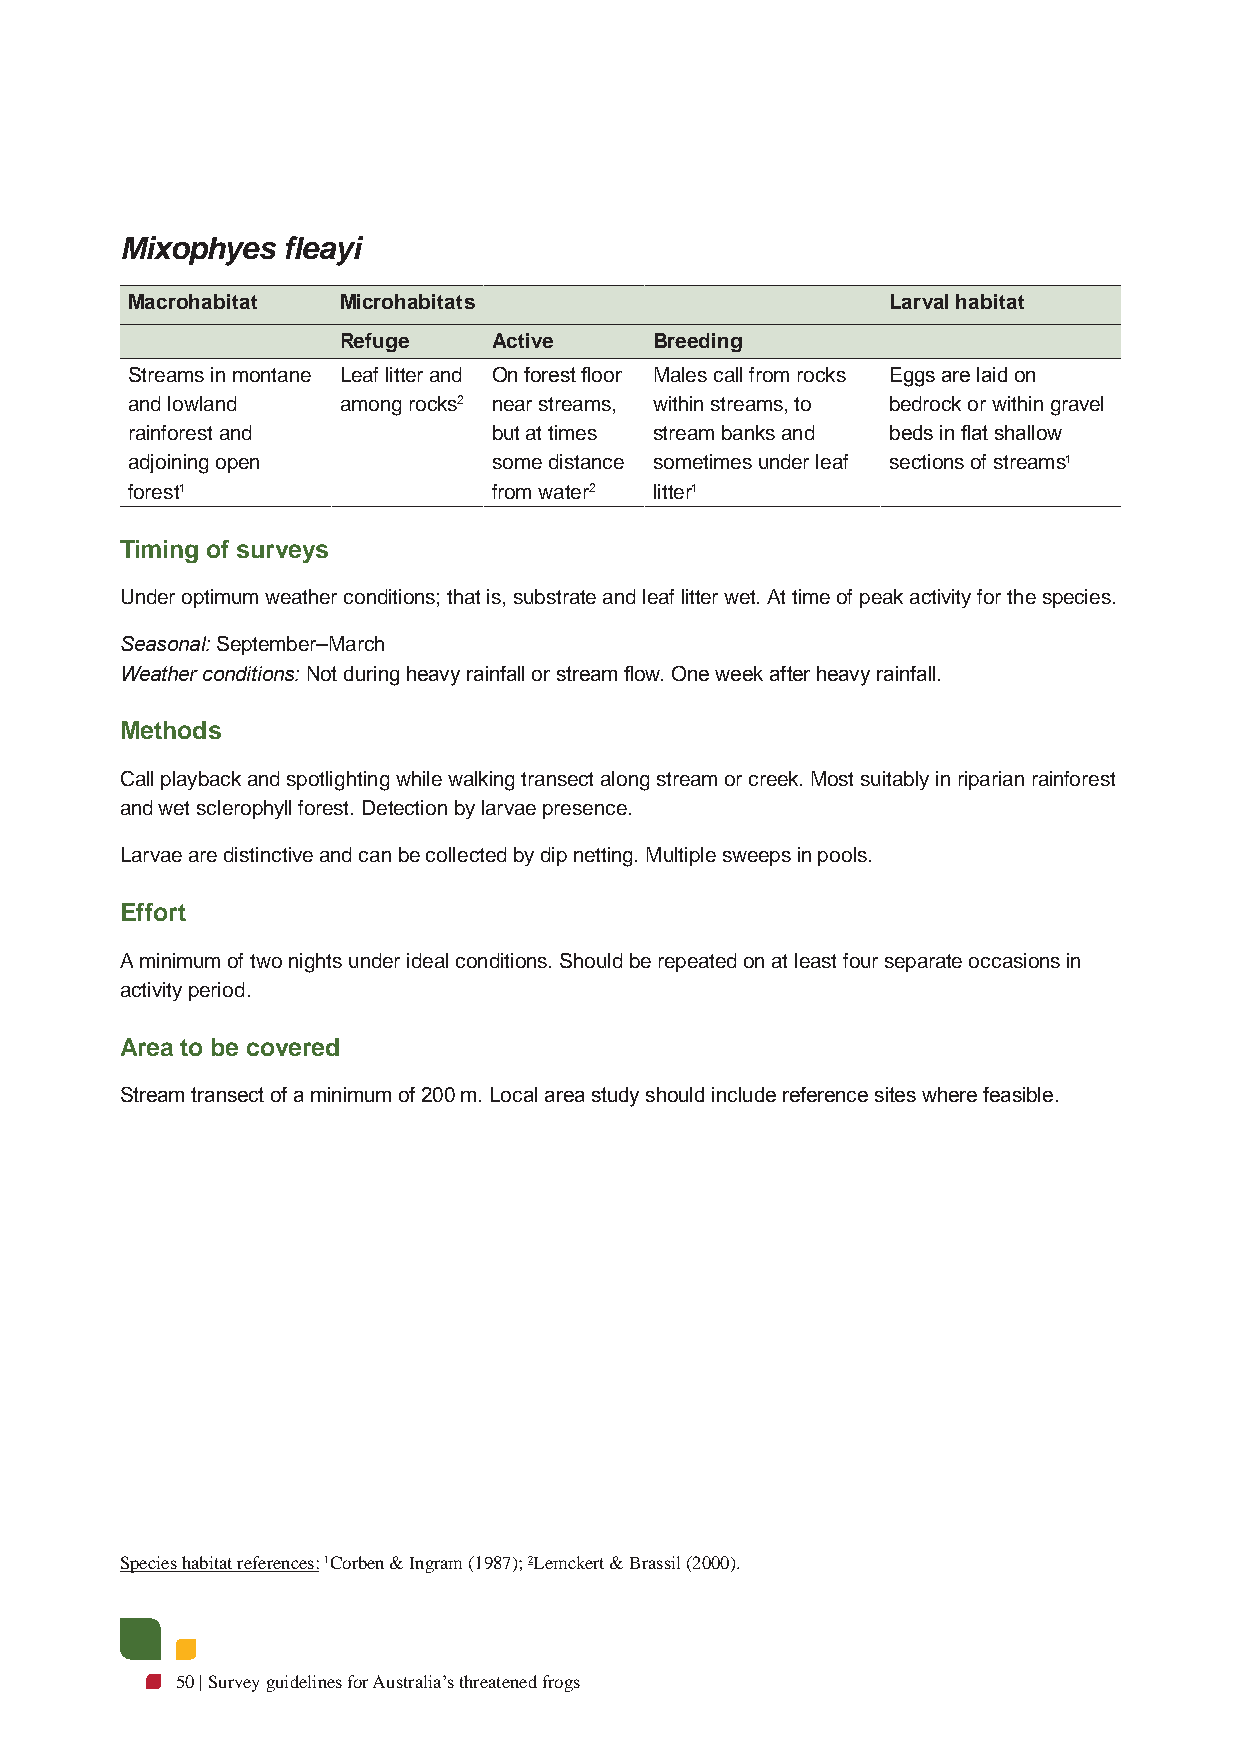
Mixophyes  fleayi
 Macrohabitat  Microhabitats                        Larval habitat
 Refuge     Active    Breeding
 Streams in montane Leaf litter and On forest floor Males call from rocks Eggs are laid on
 and lowland   among rocks2 near streams, within streams, to bedrock or within gravel
 rainforest and           but at times stream banks and beds in flat shallow
 adjoining open           some distance sometimes under leaf sections of streams1
 forest1                  from water2 litter1
 Timing of surveys
 Under optimum weather conditions; that is, substrate and leaf litter wet. At time of peak activity for the species.
 Seasonal: September–March
 Weather conditions: Not during heavy rainfall or stream flow. One week after heavy rainfall.
 Methods
 Call playback and spotlighting while walking transect along stream or creek. Most suitably in riparian rainforest
 and wet sclerophyll forest. Detection by larvae presence.
 Larvae are distinctive and can be collected by dip netting. Multiple sweeps in pools.
 Effort
 A minimum of two nights under ideal conditions. Should be repeated on at least four separate occasions in
 activity period.
 Area to be covered
 Stream transect of a minimum of 200 m. Local area study should include reference sites where feasible.
 Species habitat references: 1Corben & Ingram (1987); 2Lemckert & Brassil (2000).
 50 | Survey guidelines for Australia’s threatened frogs